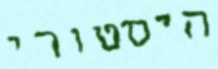
היסטורי